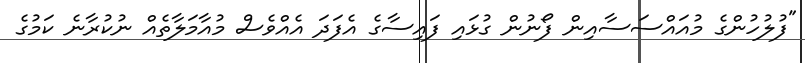
"ފުލުހުންގެ މުއައްސަސާއިން ފޯނުން ގުޅައި ފައިސާގެ އެފަދަ އެއްވެސް މުއާމަލާތެއް ނުކުރާނެ ކަމުގެ